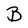
Character: B